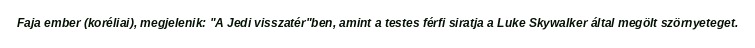
Faja ember (koréliai), megjelenik: "A Jedi visszatér"ben, amint a testes férfi siratja a Luke Skywalker által megölt szörnyeteget.